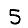
Digit: 5